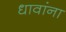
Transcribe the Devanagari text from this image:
धावांना